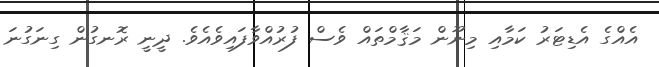
އެއްގެ އެޑިޓަރު ކަމާއި މިނޫން މަޤާމްތައް ވެސް ފުރުއްވާފައިވެއެވެ. ދީނީ ރޮނގުން ގިނަގުނަ